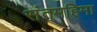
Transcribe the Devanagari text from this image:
संतमहिमा